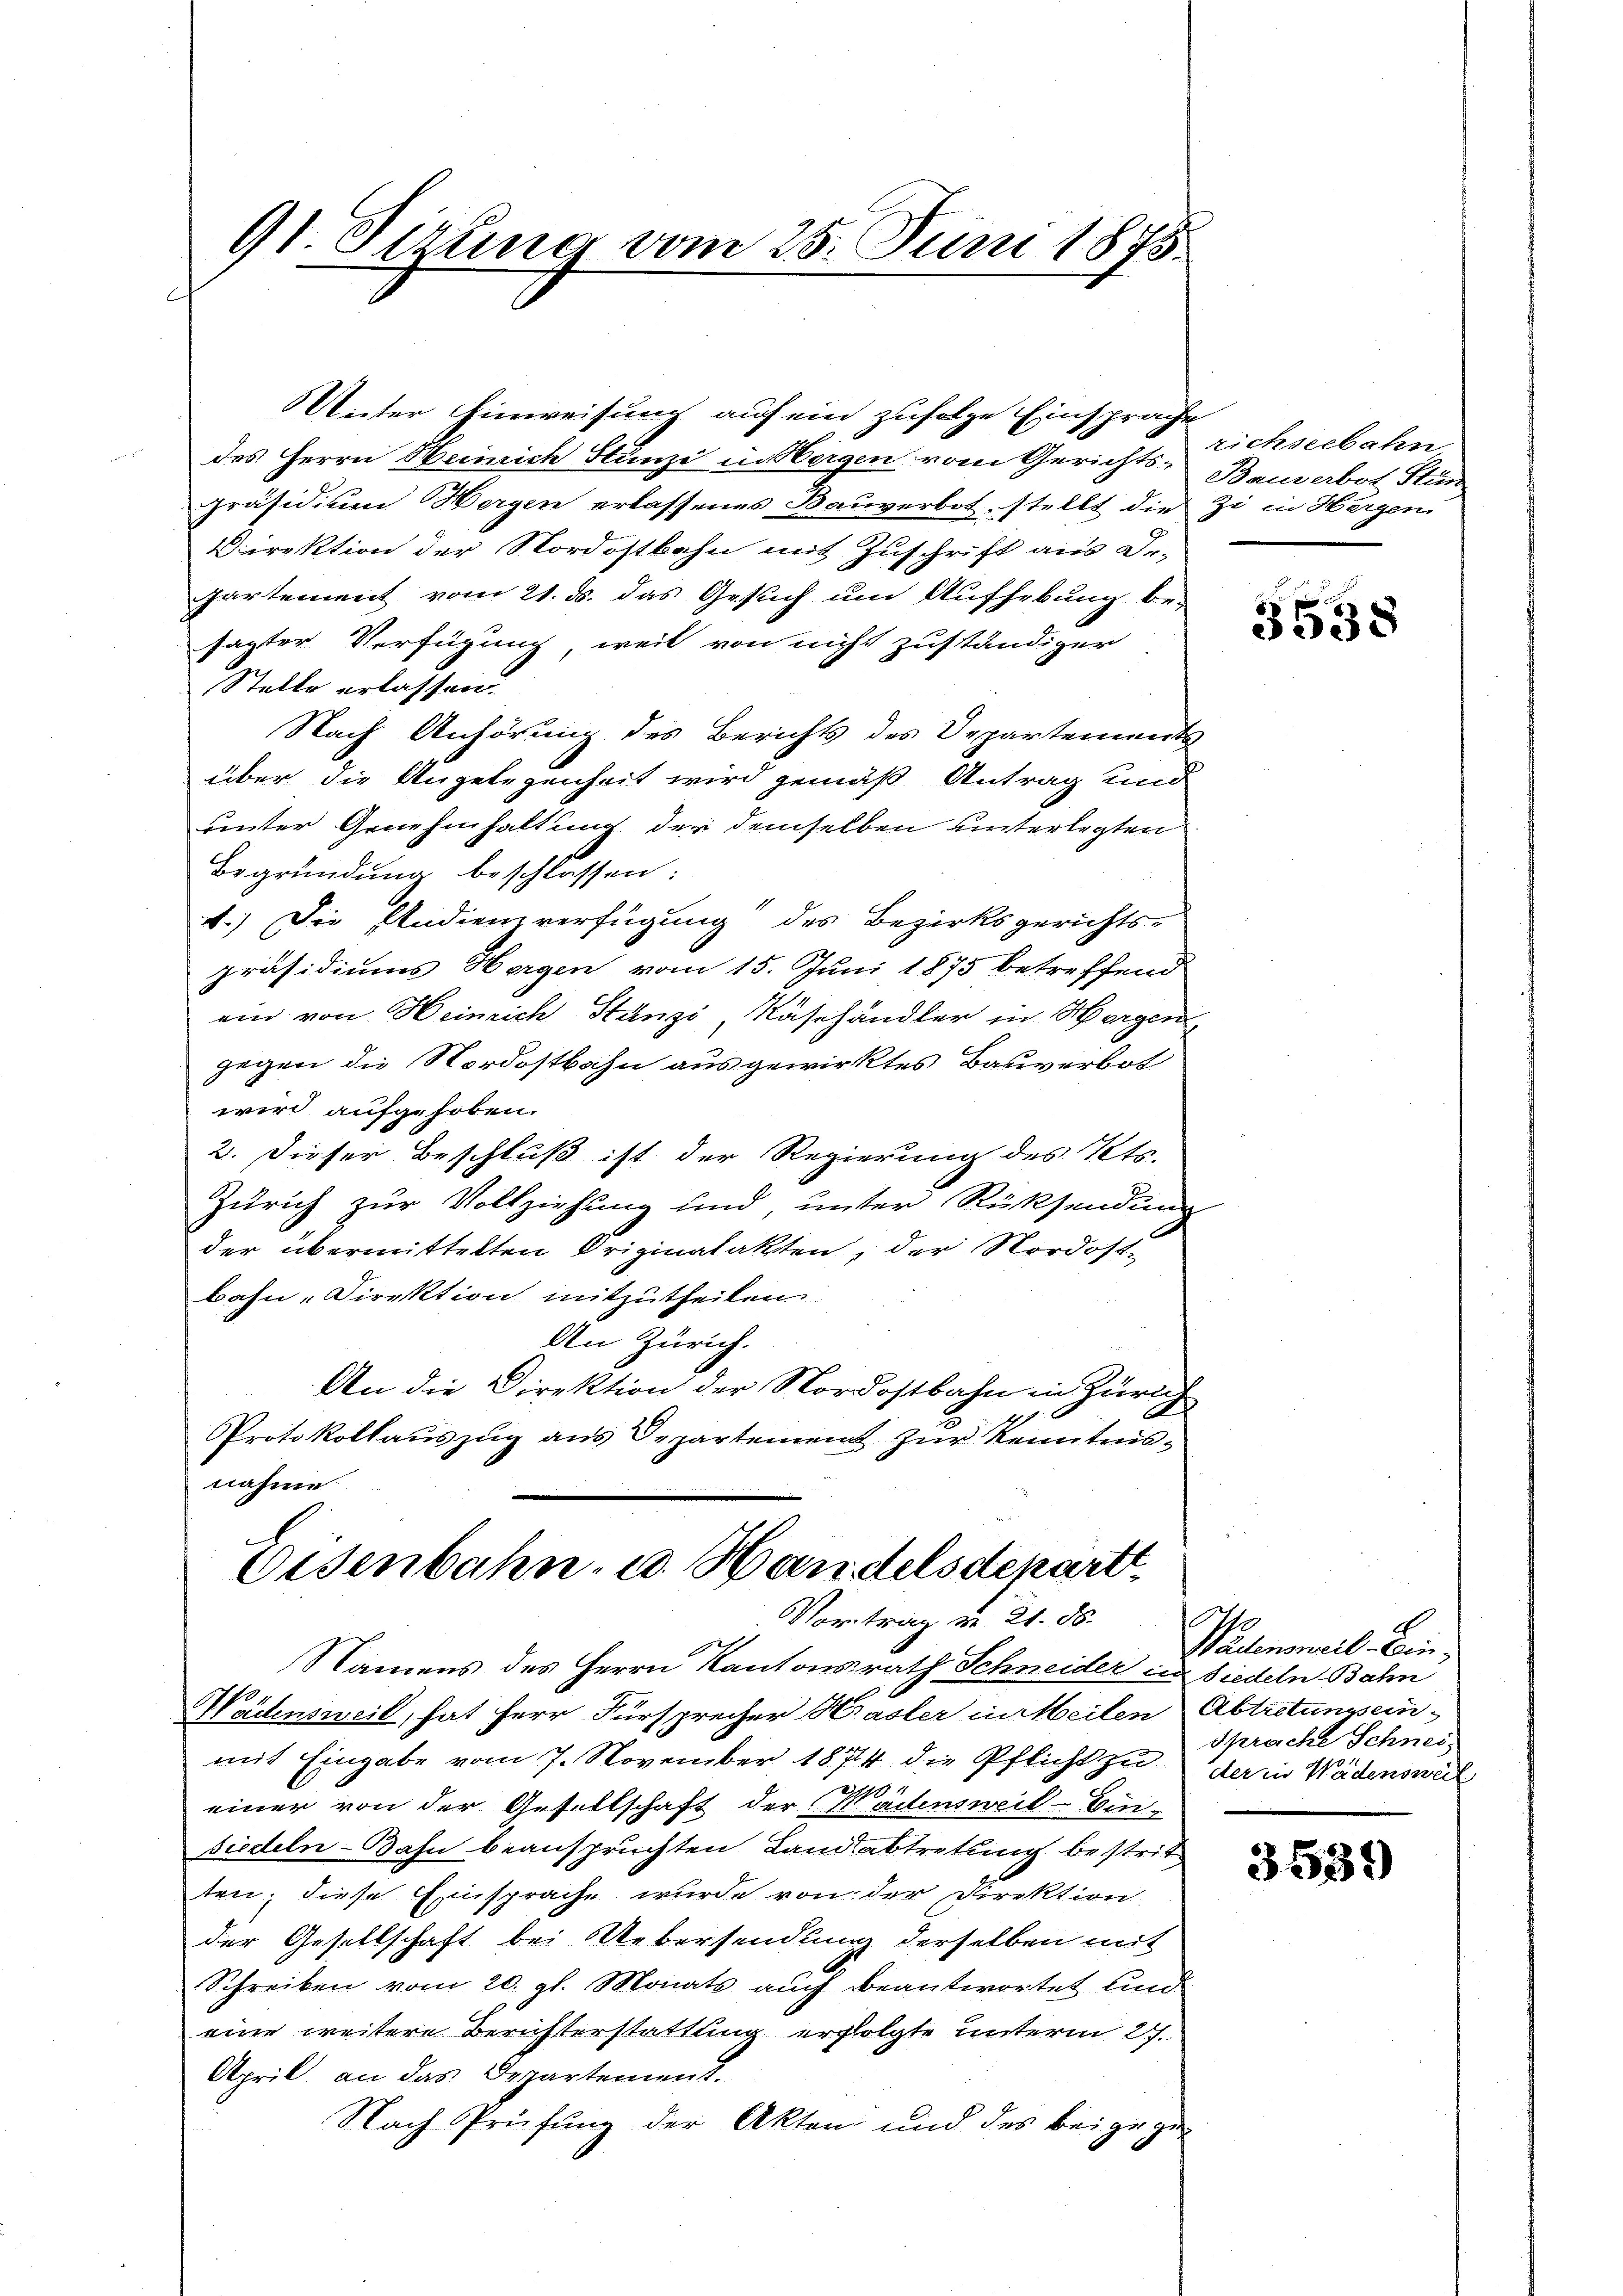
91. Sitzung vom 25. Juni 1875.

Unter Einweisung auf ein zufolge Einsprache
des Herrn Beinrich Stünzi in Wergen vom Gerichts-Eichseebahn
präsidium ergen erlassenes Bauverbot, stellt die
Direktion der Nordostbahn mit Zuschrift aus De-
Partement vom 21. ds. das Gesuch um Aufhebung be-
sagter Verfügung, weil von nicht zuständiger
Stelle erlassen.
Nach Anhörung des Berichts des Departements
über die Angelegenheit wird gemäß Antrag und
unter Genehmhaltung der demselben unterlegten
Begründung beschlossen:
1.) Die Audienzverfügung des Bezirksgerichts-
präsidiums Horgen vom 15. Juni 1875 betreffend
ein von Heinrich Stanzi, Näsehändler in Horgen,
gegen die Nordostbahn ausgewirktes Bauverbot
wird aufgehoben.
2. Dieser Beschluß ist der Regierung des Kts.
Zürich zur Vollziehung und, unter Rücksendung
der übermittelten Originalakten, der Nordost
bahn-Direktion mitzutheilen
den Zürich.
An die Direktion der Nordostbahn in Zürich
Protokollauszug aus Departement zur Kenntnisnahme.

Eisenbahn, u. Handelsdepartt
Vortrag d. 21. d.

Bauverbot Stun
zi in Hergen.

Namens des Herrn Kantonsrath Schneider in Siedeln Bahn
Wädensweil, hat Herr Fürsprecher Hasler in eilen, Abtretungsein
mit Eingabe vom 7. November 1874 die Pflicht zu der in Wädensweil
einer von der Gesellschaft der Wädensweil Einsiedeln-Bahn beanspruchten Landabtretung bestritt
ten; diese Einsprache wurde von der Direktion
der Gesellschaft bei Uebersendung derselben mit
Schreiben vom 20. gl. Monats auch beantwortet und
eine weitere Berichterstattung erfolgte unterm 27.
April an das Departement.
Nach Prüfung der Akten und des beigege¬

5558

E
Wadensweil Ein¬
Sprache Schnei

3539